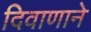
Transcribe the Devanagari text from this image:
दिवाणाने